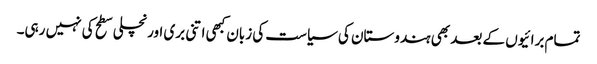
تمام برائیوں کے بعد بھی ہندوستان کی سیاست کی زبان کبھی اتنی بری اور نچلی سطح کی نہیں رہی۔